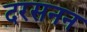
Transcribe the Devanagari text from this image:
दरसनन